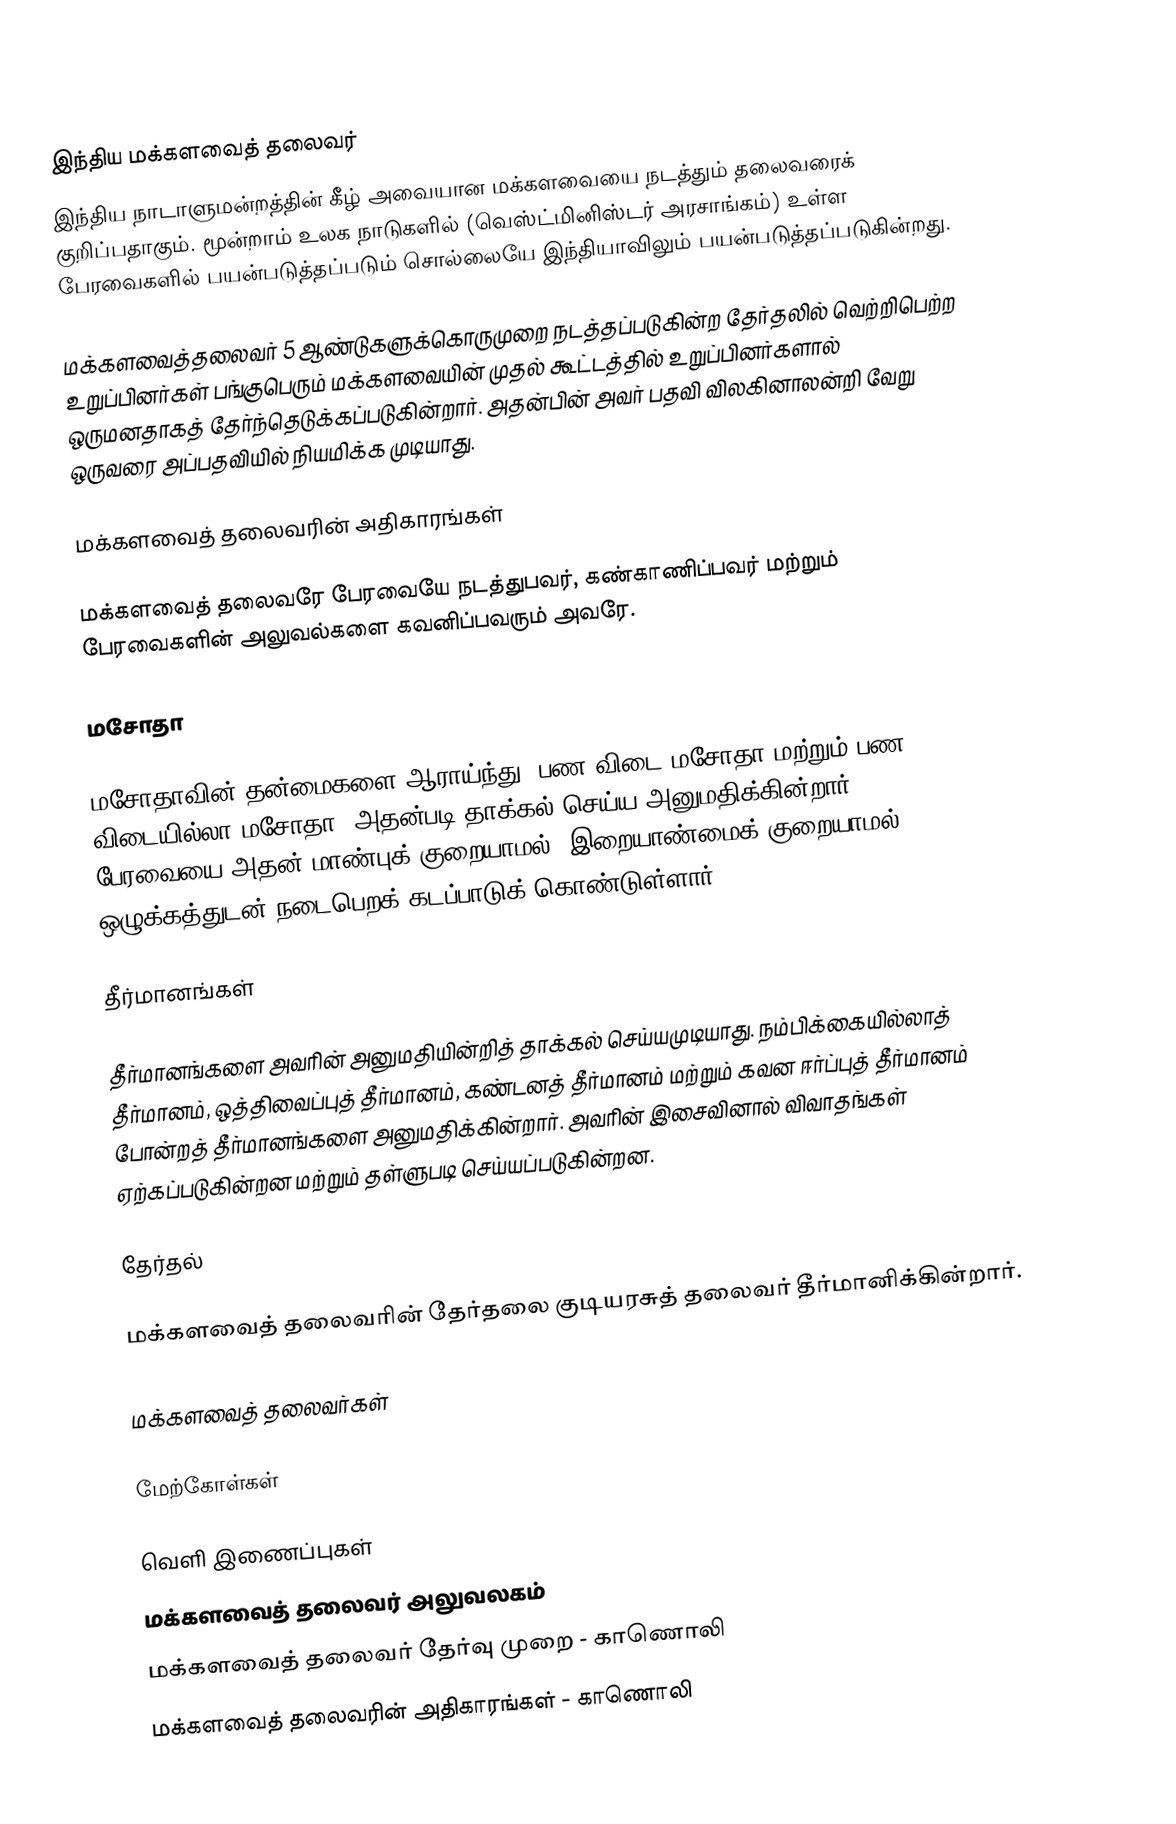
இந்திய மக்களவைத் தலைவர்
இந்திய நாடாளுமன்றத்தின் கீழ் அவையான மக்களவையை நடத்தும் தலைவரைக் குறிப்பதாகும். மூன்றாம் உலக நாடுகளில் (வெஸ்ட்மினிஸ்டர் அரசாங்கம்) உள்ள பேரவைகளில் பயன்படுத்தப்படும் சொல்லையே இந்தியாவிலும் பயன்படுத்தப்படுகின்றது.

மக்களவைத்தலைவர் 5 ஆண்டுகளுக்கொருமுறை நடத்தப்படுகின்ற தேர்தலில் வெற்றிபெற்ற உறுப்பினர்கள் பங்குபெரும்  மக்களவையின் முதல் கூட்டத்தில் உறுப்பினர்களால் ஒருமனதாகத் தேர்ந்தெடுக்கப்படுகின்றார். அதன்பின் அவர் பதவி விலகினாலன்றி வேறு ஒருவரை அப்பதவியில் நியமிக்க  முடியாது.

மக்களவைத் தலைவரின் அதிகாரங்கள்

மக்களவைத் தலைவரே பேரவையே நடத்துபவர், கண்காணிப்பவர் மற்றும் பேரவைகளின் அலுவல்களை கவனிப்பவரும் அவரே.

மசோதா

மசோதாவின் தன்மைகளை ஆராய்ந்து (பண விடை மசோதா மற்றும் பண விடையில்லா மசோதா) அதன்படி தாக்கல் செய்ய அனுமதிக்கின்றார். பேரவையை அதன் மாண்புக் குறையாமல், இறையாண்மைக் குறையாமல், ஒழுக்கத்துடன் நடைபெறக் கடப்பாடுக் கொண்டுள்ளார்.

தீர்மானங்கள்

தீர்மானங்களை அவரின் அனுமதியின்றித் தாக்கல் செய்யமுடியாது. நம்பிக்கையில்லாத் தீர்மானம், ஒத்திவைப்புத் தீர்மானம், கண்டனத் தீர்மானம்  மற்றும் கவன ஈர்ப்புத் தீர்மானம் போன்றத் தீர்மானங்களை அனுமதிக்கின்றார். அவரின் இசைவினால் விவாதங்கள் ஏற்கப்படுகின்றன மற்றும் தள்ளுபடி செய்யப்படுகின்றன.

தேர்தல்

மக்களவைத் தலைவரின் தேர்தலை குடியரசுத் தலைவர் தீர்மானிக்கின்றார்.

மக்களவைத் தலைவர்கள்

மேற்கோள்கள்

வெளி இணைப்புகள்
மக்களவைத் தலைவர் அலுவலகம்
மக்களவைத் தலைவர் தேர்வு முறை - காணொலி
 மக்களவைத் தலைவரின் அதிகாரங்கள் - காணொலி